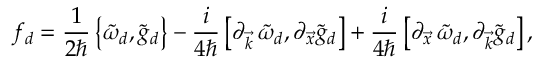
f _ { d } = \frac { 1 } { 2 \hbar } \left\{ \tilde { \omega } _ { d } , \tilde { g } _ { d } \right\} - \frac { i } { 4 \hbar } \left[ \partial _ { \vec { k } } \, \tilde { \omega } _ { d } , \partial _ { \vec { x } } \tilde { g } _ { d } \right] + \frac { i } { 4 \hbar } \left[ \partial _ { \vec { x } } \, \tilde { \omega } _ { d } , \partial _ { \vec { k } } \tilde { g } _ { d } \right] ,